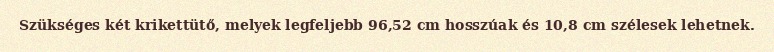
Szükséges két krikettütő, melyek legfeljebb 96,52 cm hosszúak és 10,8 cm szélesek lehetnek.